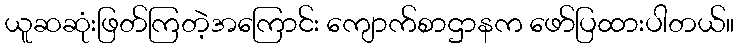
ယူဆဆုံးဖြတ်ကြတဲ့အကြောင်း ကျောက်စာဌာနက ဖော်ပြထားပါတယ်။